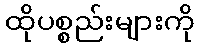
ထိုပစ္စည်းများကို